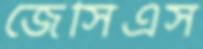
জেসিএস